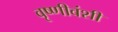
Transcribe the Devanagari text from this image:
वृष्णीवंशी